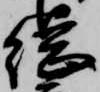
総